Report of the Indian Hemp Drugs Commission, 1894-1895 - Volume III
Year: 1894
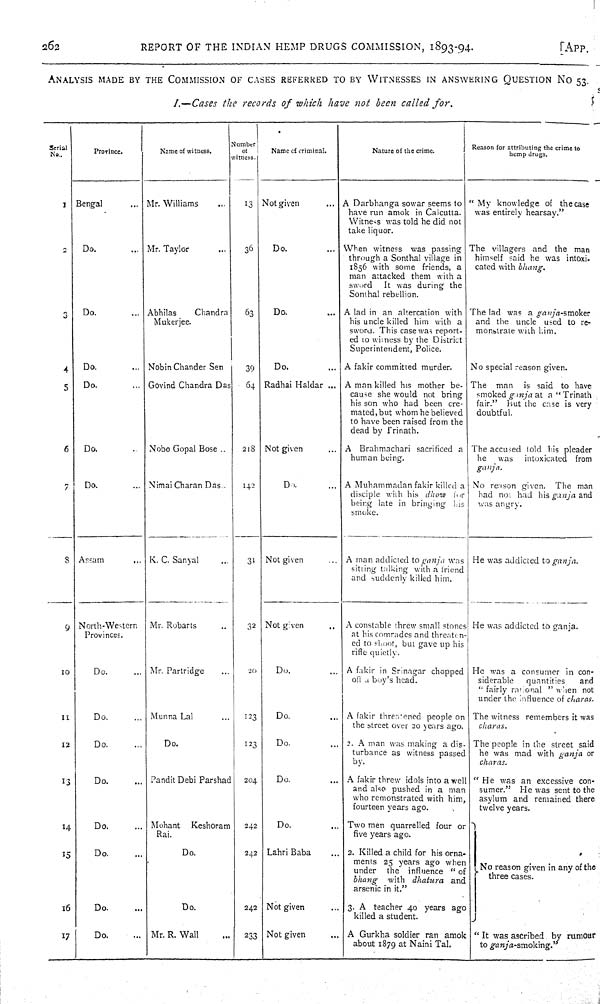
262
REPORT OF THE INDIAN HEMP DRUGS COMMISSION, 1893-94.
[APP.
ANALYSIS MADE BY THE COMMISSION OF CASES REFERRED TO BY WITNESSES IN ANSWERING QUESTION NO 53.
I.—Cases the records of which have not been called for.
Serial
No.
Province.
Name of witness.
Number
of
witness.
Name of criminal.
Nature of the crime.
Reason for attributing the crime to
hemp drugs.
1
Bengal
Mr. Williams
13 Not given
A Darbhanga sowar seems to
have run amok in Calcutta.
Witness was told he did not
take liquor.
"My
knowledge of the case
was entirely hearsay."
2
Do.
Mr. Taylor
36
Do.
When witness
was passing
through a Sonthal village in
1856 with some friends, a
man attacked them with a
sword
It was during the
Sonthal rebellion.
The villagers and the man
himself said he was intoxi-
cated with bhang.
3
Do.
Abhilas
Chandra
Mukerjee.
63
Do.
A lad in an altercation with
his uncle killed him with a
sword. This case was report-
ed to witness by the District
Superintendent, Police.
The lad was a ganja-smoker
and the uncle used to re-
monstrate with him.
4
Do.
Nobin Chander Sen
39
Do.
A fakir committed murder.
No special reason given.
5
Do.
Govind Chandra Das
64
Radhai Haldar
A man killed his mother be-
cause she would not bring
his son who had been cre-
mated, but whom he believed
to have been raised from the
dead by frinath.
The
man
is said to have
smoked ganja at a "Trinath
fair."
But
the case is very
doubtful.
6
Do.
Nobo Gopal Bose
218
Not given
A
Brahmachari sacrificed a
human being.
The accused told his pleader
he
was
intoxicated
from
ganja.
7
Do.
Nimai Charan Das
142
Do.
A Muhammadan fakir killed a
disciple with his dhow
for
being late in bringing
his
smoke.
No reason given.
The man
had not had his ganja and
was angry.
8
Assam
K. C. Sanyal
31
Not given
A man addicted to ganja was
sitting talking with a friend
and suddenly killed him.
He was addicted to ganja.
9
North-Western
Provinces.
Mr. Robarts
32
Not given
A constable threw small stones
at his comrades and threaten-
ed to shoot, but gave up his
rifle quietly.
He was addicted to ganja.
10
Do.
Mr. Partridge
20
Do.
A fakir in Srinagar chopped
off a boy's head.
He was a consumer in con-
siderable
quantities
and
"fairly rational" when not
under the influence of charas.
11
Do.
Munna Lal
123
Do.
A fakir threatened people on
the street over 20 years ago.
The witness remembers it was
charas.
12
Do.
Do.
123
Do.
2. A man was making a dis-
turbance as witness passed
by.
The people in the street said
he was mad with ganja or
charas.
13
Do.
Pandit Debi Parshad
204
Do.
A fakir threw idols into a well
and also pushed in a man
who remonstrated with him,
fourteen years ago.
"He was an excessive con-
sumer."
He was sent to the
asylum and remained there
twelve years.
14
Do.
Mohant
Keshoram
Rai.
242
Do.
Two men quarrelled four or
five years ago.
No reason given in any of the
three cases.
15
Do.
Do.
242
Lahri Baba
2. Killed a child for his orna-
ments 25 years ago when
under
the
influence
"of
bhang
with dhatura
and
arsenic in it."
No reason given in any of the
three cases.
16
Do.
Do.
242
Not given
3. A
teacher 40 years ago
killed a student.
No reason given in any of the
three cases.
17
Do.
Mr. R. Wall
233
Not given
A Gurkha soldier ran amok
about 1879 at Naini Tal.
"It was ascribed by rumour
to ganja-smoking."